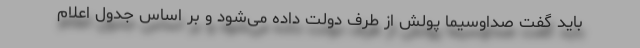
باید گفت صداوسیما پولش از طرف دولت داده می‌شود و بر اساس جدول اعلام